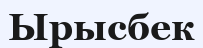
Ырысбек